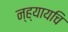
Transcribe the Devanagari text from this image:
न्ह्यायचि